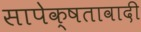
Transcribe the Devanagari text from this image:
सापेक्षतावादी